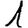
Digit: 1